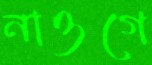
নাওগে